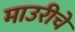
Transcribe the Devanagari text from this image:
माउरीचे